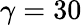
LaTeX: \gamma=30